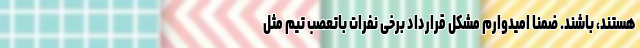
هستند، باشند. ضمنا امیدوارم مشکل قرارداد برخی نفرات باتعصب تیم مثل